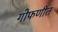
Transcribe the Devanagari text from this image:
गोफणीत